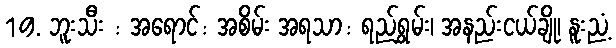
19. ဘူးသီး : အရောင်: အစိမ်း အရသာ: ရည်ရွှမ်း၊ အနည်းငယ်ချို၊ နူးညံ့